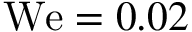
\mathrm { W e } = 0 . 0 2